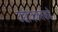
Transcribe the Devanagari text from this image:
उद्योजकतेकडे